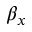
\beta _ { x }